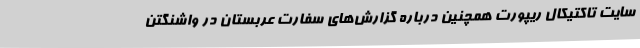
سایت تاکتیکال ریپورت همچنین درباره گزارش‌های سفارت عربستان در واشنگتن